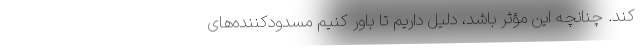
کند. چنانچه این مؤثر باشد، دلیل داریم تا باور کنیم مسدودکننده‌های